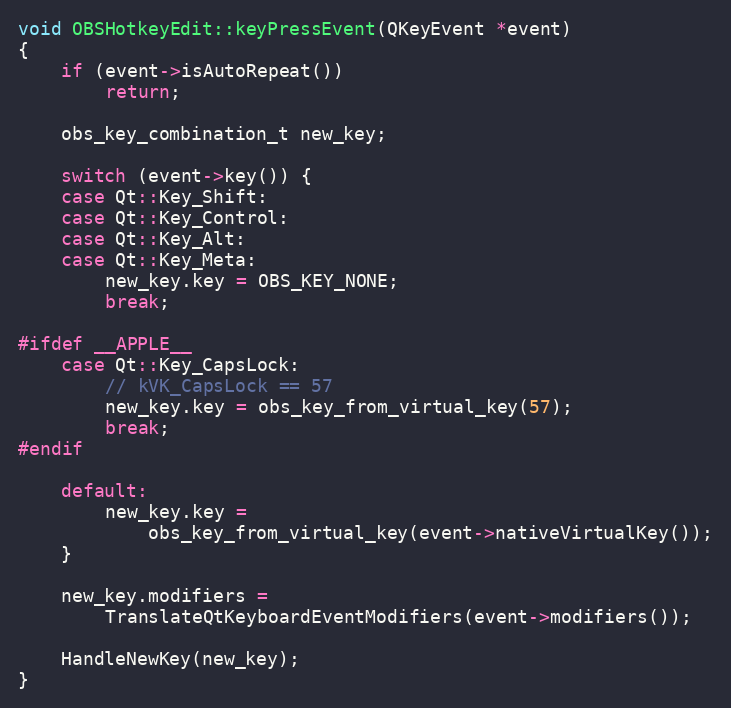
Language: C++
void OBSHotkeyEdit::keyPressEvent(QKeyEvent *event)
{
	if (event->isAutoRepeat())
		return;

	obs_key_combination_t new_key;

	switch (event->key()) {
	case Qt::Key_Shift:
	case Qt::Key_Control:
	case Qt::Key_Alt:
	case Qt::Key_Meta:
		new_key.key = OBS_KEY_NONE;
		break;

#ifdef __APPLE__
	case Qt::Key_CapsLock:
		// kVK_CapsLock == 57
		new_key.key = obs_key_from_virtual_key(57);
		break;
#endif

	default:
		new_key.key =
			obs_key_from_virtual_key(event->nativeVirtualKey());
	}

	new_key.modifiers =
		TranslateQtKeyboardEventModifiers(event->modifiers());

	HandleNewKey(new_key);
}